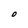
Character: O